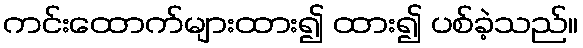
ကင်းထောက်များထား၍ ထား၍ ပစ်ခဲ့သည်။